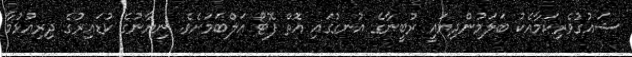
ޝައުގުވެރިކަމާއެކު ބަލަމުންދިޔައީ ރުބީނާގެ އުނގުގައި އޮތް ފޮޓޯ އަލްބަމަށެވެ. ނިޔާނުގެ ކުޑައިރުގެ ދިރިއުޅުމާ